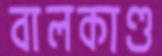
বালকাণ্ড